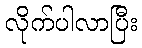
လိုက်ပါလာပြီး